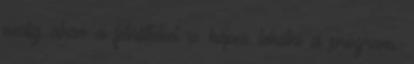
pedig akár a felnőtteket is képes lekötni a program.